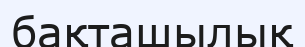
бақташылық